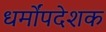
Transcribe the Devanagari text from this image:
धर्मोंपदेशक